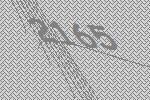
2165